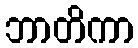
ဘာတိကာ